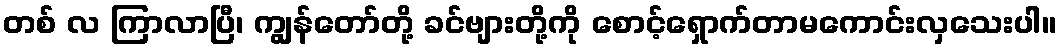
တစ် လ ကြာလာပြီ၊ ကျွန်တော်တို့ ခင်ဗျားတို့ကို စောင့်ရှောက်တာမကောင်းလှသေးပါ။